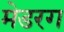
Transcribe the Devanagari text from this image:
मेडरग